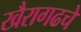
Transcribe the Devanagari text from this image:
खैरागढचे